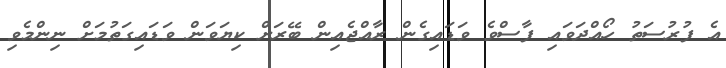
އެ ފުރުސަތު ހޯއްދަވައި ފާސްވެ ވަޑައިގެން ރާއްޖެއިން ބޭރަށް ކިޔަވަން ވަޑައިގަތުމަށް ނިންމެވި